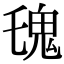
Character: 𩱾